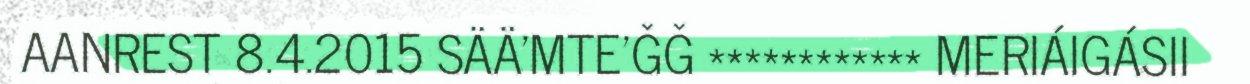
AANREST 8.4.2015 SÄÄ'MTE'ǦǦ ************ MERIÁIGÁSII